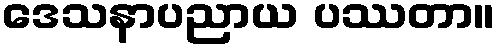
ဒေသနာပညာယ ပဿတာ။